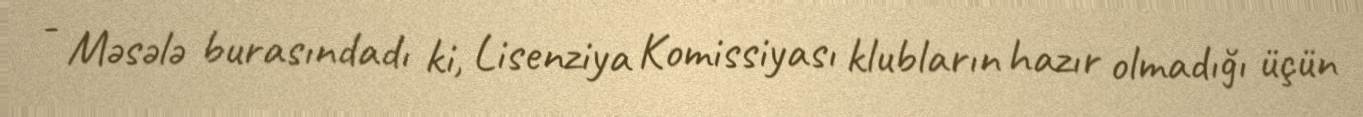
- Məsələ burasındadı ki, Lisenziya Komissiyası klubların hazır olmadığı üçün